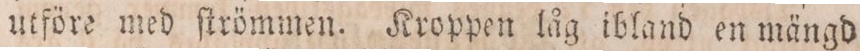
utföre med ſtrömmen. Kroppen låg ibland en mängd